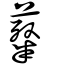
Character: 薒